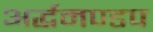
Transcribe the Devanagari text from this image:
अर्द्धमण्डप